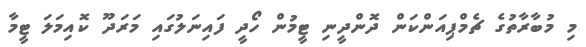
މި މުބާރާތުގެ ޗެމްޕިއަންކަން ދޮންދީނި ޓީމުން ހޯދީ ފައިނަލުގައި މަރަދޫ ކޮއިމަލަ ޓީމާ